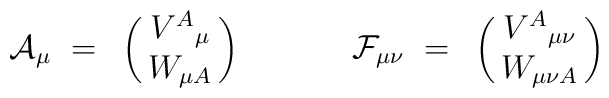
{\cal A}_{\mu}~=~\pmatrix{V^A{}_{\mu} \cr                          W_{\mu A}\cr}{}~~~~~~~~~~{\cal F}_{\mu\nu}~=~\pmatrix{   V^A{}_{\mu\nu} \cr                                W_{\mu\nu A} \cr}